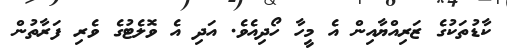
ކާޑުތަކުގެ ޒަރިއްޔާއިން އެ މީހާ ހޯދިއެވެ. އަދި އެ ވޮލެޓުގެ ވެރި ފަރާތުން